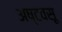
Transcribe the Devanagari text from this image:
अष्टवसू